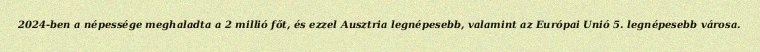
2024-ben a népessége meghaladta a 2 millió főt, és ezzel Ausztria legnépesebb, valamint az Európai Unió 5. legnépesebb városa.